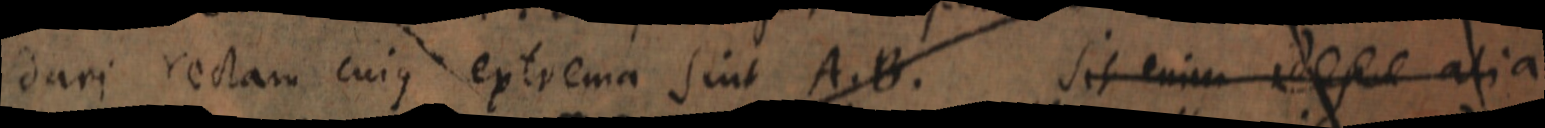
dari rectam cujus extrema sint A. B. sit enim _ alia